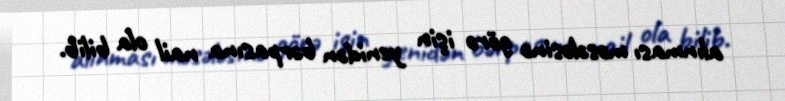
alınması məsələsinə görə işin yenidən bərpasına nail ola bilib.